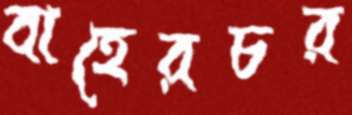
বাহেরচর